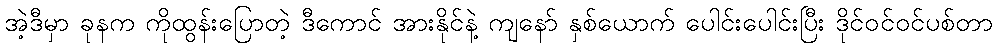
အဲ့ဒီမှာ ခုနက ကိုထွန်းပြောတဲ့ ဒီကောင် အားနိုင်နဲ့ ကျနော် နှစ်ယောက် ပေါင်းပေါင်းပြီး ဒိုင်ဝင်ဝင်ပစ်တာ